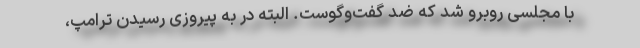
با مجلسی روبرو شد که ضد گفت‌وگوست. البته در به پیروزی رسیدن ترامپ،